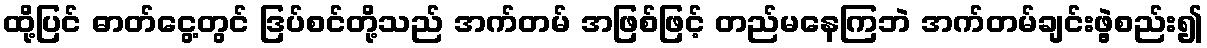
ထို့ပြင် ဓာတ်ငွေ့တွင် ဒြပ်စင်တို့သည် အက်တမ် အဖြစ်ဖြင့် တည်မနေကြဘဲ အက်တမ်ချင်းဖွဲ့စည်း၍